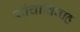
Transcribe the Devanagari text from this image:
यांचाविवाह